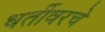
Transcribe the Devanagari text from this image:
धर्तीवरचे